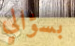
بسؤالي